Document type: Sale
Year: 1439
Scribe: Arnau d'Illes
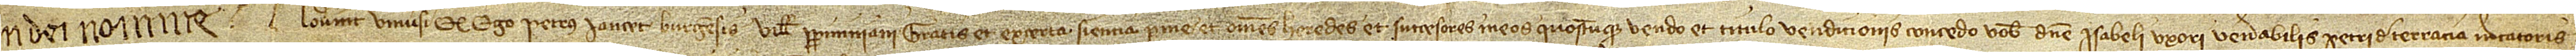
In Dei nomine. Noverint universi quod ego Petrus Iancet, burgensis ville Perpininiani, gratis et ex certa sientia per me et omnes heredes et successores meos quoscumque vendo et titulo vendicionis concedo vobis domine Isabeli, uxori venerabilis Petri de Terracia, mercatoris